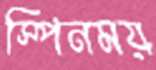
স্পিনময়